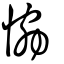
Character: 恊